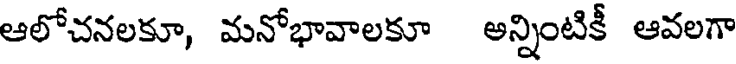
ఆలోచనలకూ, మనోభావాలకూ అన్నింటికీ ఆవలగా